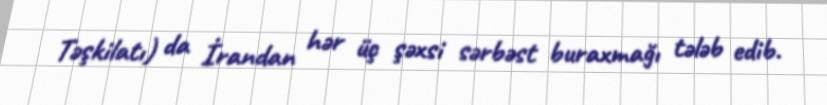
Təşkilatı) da İrandan hər üç şəxsi sərbəst buraxmağı tələb edib.